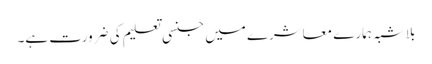
بلاشبہ ہمارے معاشرے میں جنسی تعلیم کی ضرورت ہے۔